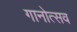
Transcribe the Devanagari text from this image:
गानोत्सव